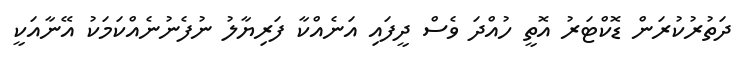
ދަތުރުކުރަން ޑޮކްޓަރު އޮތީ ހުއްދަ ވެސް ދީފައި އަނެއްކާ ފަރިޔާލު ނުފެނުނެއްކަމަކު އޭނާއަކީ